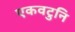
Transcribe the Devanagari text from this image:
एकवटुनि